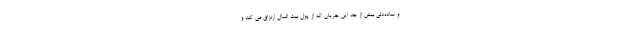
و ساده‌دلی بیش از حد این جریان که از پول بیت المال ارتزاق می کند و